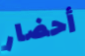
أحضار